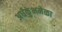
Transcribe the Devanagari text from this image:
अर्धकुंभमेळा